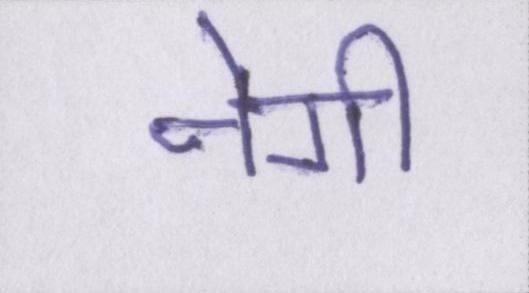
नेगी